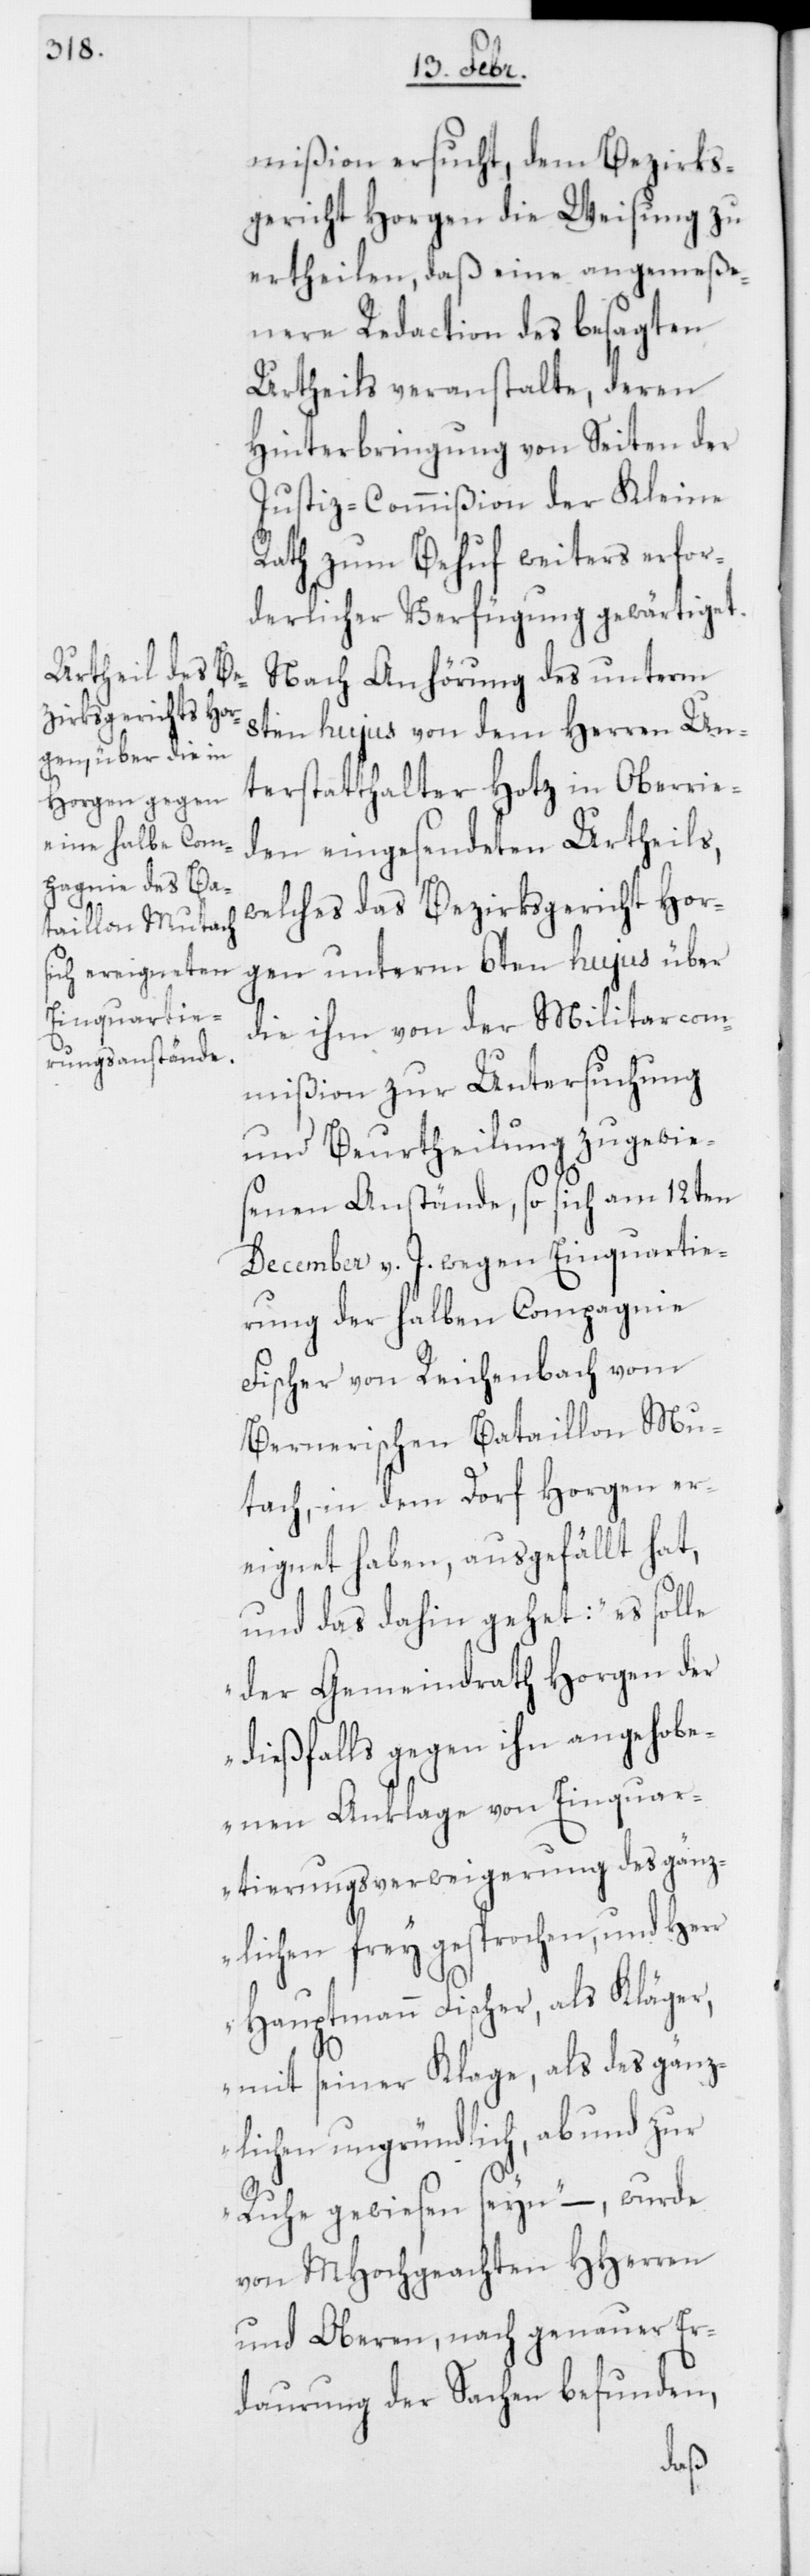
mißion ersucht, dem Bezirks¬
gericht Horgen die Weisung zu
ertheilen, daß eine angemeße¬
nere Redaction des besagten
Urtheils veranstalte, deren
Hinterbringung von Seiten der
Justiz-Commißion der Kleine
Rath zum Behuf weiters erfor¬
derlicher Verfügung gewärtiget.
Nach Anhörung des unterm
8ten hujus von dem Herren Un¬
terstatthalter Hotz in Oberrie¬
den eingesandten Urtheils,
welches das Bezirksgericht Hor¬
gen unterm 6ten hujus über
die ihm von der Militarcom¬
mißion zur Untersuchung
und Beurtheilung zugewie¬
senen Anstände, so sich am 12ten
December v. J. wegen Einquartie¬
rung der halben Compagnie
Fischer von Reichenbach vom
Bernerischen Bataillon Mu¬
tach, in dem Dorf Horgen er¬
eignet haben, ausgefällt hat,
und das dahin gehet: „es solle
der Gemeindrath Horgen der
dießfalls gegen ihn angehob¬
enen Anklage von Einquar¬
tierungsverweigerung des gänz¬
lichen frey gesprochen, und Herr
Hauptmann Fischer, als Kläger,
mit seiner Klage, als des gänz¬
lichen ungründlich, ab und zur
Ruhe gewiesen seyn“ – wurde
von MHochgeachten HHerren
und Oberen, nach genauer Er¬
daurung der Sachen befunden,